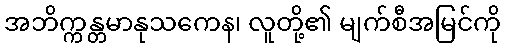
အဘိက္ကန္တမာနုသကေန၊ လူတို့၏ မျက်စီအမြင်ကို